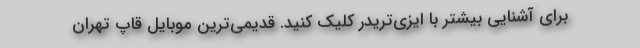
برای آشنایی بیشتر با ایزی‌تریدر کلیک کنید. قدیمی‌ترین موبایل قاپ تهران